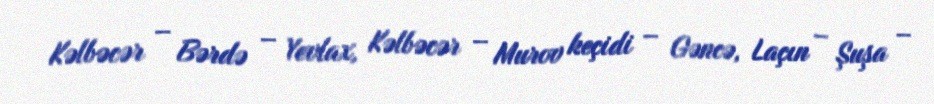
Kəlbəcər – Bərdə – Yevlax, Kəlbəcər – Murov keçidi – Gəncə, Laçın – Şuşa –